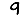
Digit: 9